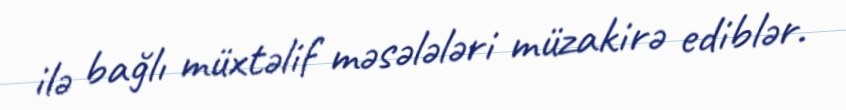
ilə bağlı müxtəlif məsələləri müzakirə ediblər.